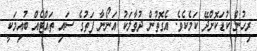
ރިހުން ކުޑަކޮށްދޭ ކަމެކެވެ. އެގޮތުން ދުވާލަކު އަނޯނާ ފަތުގެ ސައި ތައްޓެއް ބުއިމަކީ